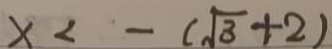
x < - ( \sqrt { 3 } + 2 )